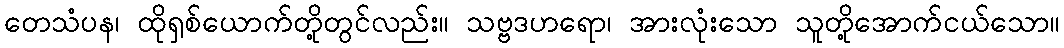
တေသံပန၊ ထိုရှစ်ယောက်တို့တွင်လည်း။ သဗ္ဗဒဟရော၊ အားလုံးသော သူတို့အောက်ငယ်သော။